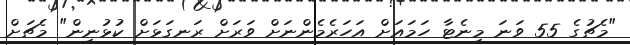
"މެޗުގެ 55 ވަނަ މިނެޓާ ހަމައަށް އަހަރެމެންނަށް ވަރަށް ރަނގަޅަށް ކުޅުނިން" މެޗަށް